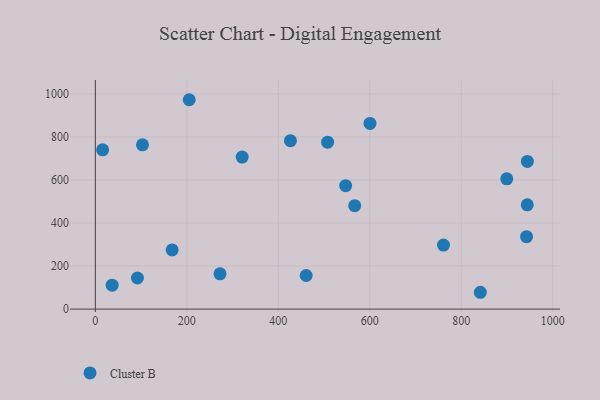
{"axis": {"x": "Investment", "y": "Rating"}, "legend": ["Cluster B"], "data": [{"x": "761.1", "y": 297.5, "type": "Cluster B"}, {"x": "272.5", "y": 163.7, "type": "Cluster B"}, {"x": "942.7", "y": 336.3, "type": "Cluster B"}, {"x": "426.5", "y": 782.5, "type": "Cluster B"}, {"x": "15.9", "y": 740.0, "type": "Cluster B"}, {"x": "547.2", "y": 573.5, "type": "Cluster B"}, {"x": "899.4", "y": 605.1, "type": "Cluster B"}, {"x": "167.9", "y": 274.7, "type": "Cluster B"}, {"x": "944.2", "y": 484.5, "type": "Cluster B"}, {"x": "841.6", "y": 78.2, "type": "Cluster B"}, {"x": "507.8", "y": 775.2, "type": "Cluster B"}, {"x": "600.4", "y": 862.3, "type": "Cluster B"}, {"x": "92.0", "y": 144.4, "type": "Cluster B"}, {"x": "103.0", "y": 763.3, "type": "Cluster B"}, {"x": "944.5", "y": 686.2, "type": "Cluster B"}, {"x": "36.7", "y": 111.3, "type": "Cluster B"}, {"x": "460.9", "y": 156.2, "type": "Cluster B"}, {"x": "321.0", "y": 706.4, "type": "Cluster B"}, {"x": "205.2", "y": 972.6, "type": "Cluster B"}, {"x": "567.0", "y": 480.4, "type": "Cluster B"}]}